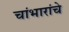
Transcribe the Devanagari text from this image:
चांभारांचे